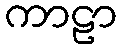
ကာဠာ